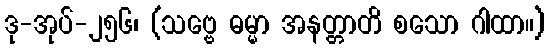
ဒု-အုပ်-၂၅၆၊ (သဗ္ဗေ ဓမ္မာ အနတ္တာတိ စသော ဂါထာ။)